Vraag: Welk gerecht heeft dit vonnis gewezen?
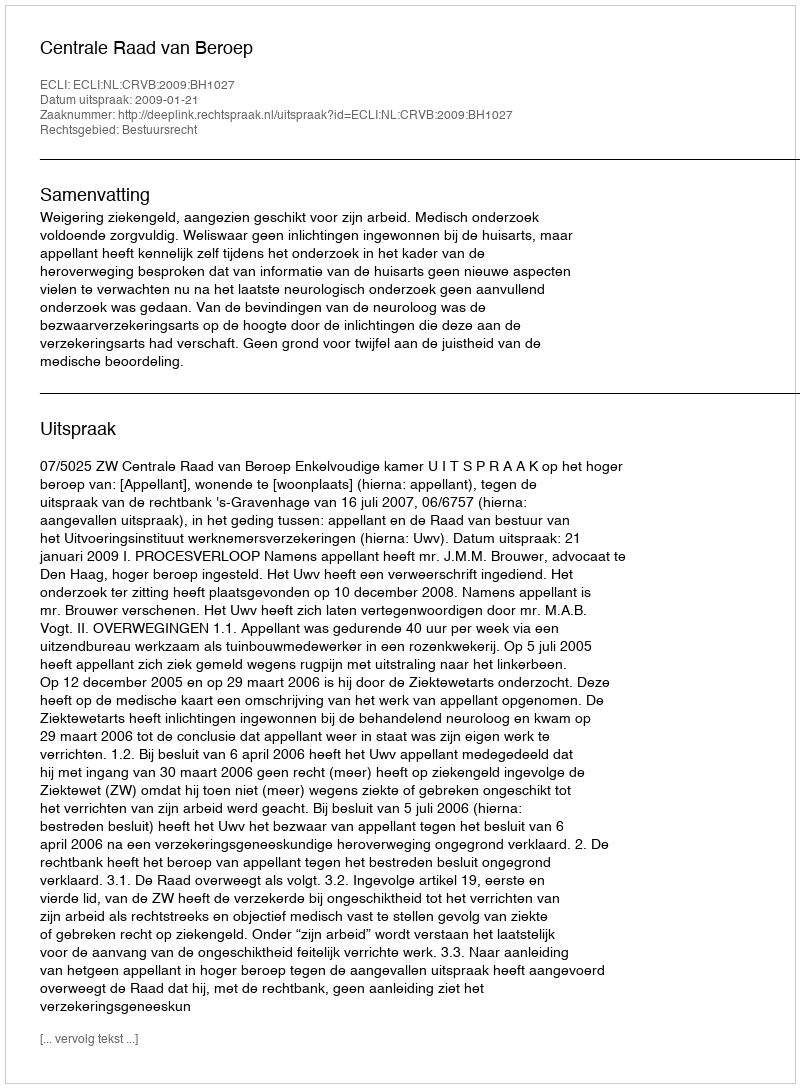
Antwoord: Centrale Raad van Beroep